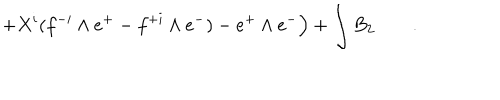
+ X ^ { i } ( f ^ { - i } \wedge e ^ { + } - f ^ { + i } \wedge e ^ { - } ) - e ^ { + } \wedge e ^ { - } \Big ) + \int B _ { 2 } \qquad .